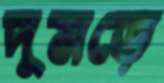
দুমড়ে